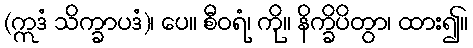
(ဣဒံ သိက္ခာပဒံ)၊ ပေ။ စီဝရံ၊ ကို။ နိက္ခိပိတွာ၊ ထား၍။